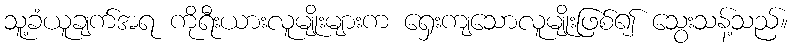
သူ့ခံယူချက်အရ ကိုရီးယားလူမျိုးများက ရှေးကျသောလူမျိုးဖြစ်၍ သွေးသန့်သည်။